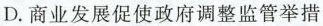
D.商业发展促使政府调整监管举措